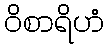
ဝိစာရိဟံ